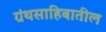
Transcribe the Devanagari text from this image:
ग्रंथसाहिबातील